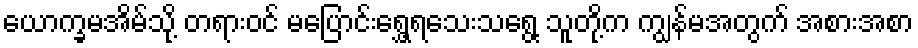
ယောက္ခမအိမ်သို့ တရားဝင် မပြောင်းရွှေ့ရသေးသရွေ့ သူတို့က ကျွန်မအတွက် အစားအစာ